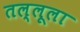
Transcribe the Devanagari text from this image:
तल्लूला